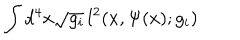
\int d ^ { 4 } x \sqrt { g _ { i } } \, l ^ { 2 } ( x , \Psi ( x ) ; g _ { i } )